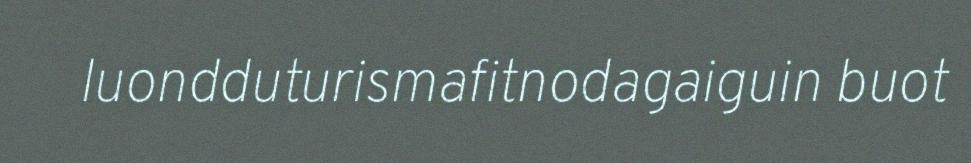
luondduturismafitnodagaiguin buot